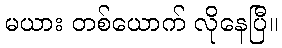
မယား တစ်ယောက် လိုနေပြီ။